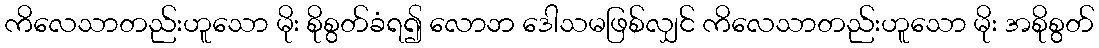
ကိလေသာတည်းဟူသော မိုး စိုစွတ်ခံရ၍ လောဘ ဒေါသမဖြစ်လျှင် ကိလေသာတည်းဟူသော မိုး အစိုစွတ်